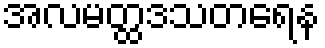
အလမတ္ထဒသတရေန